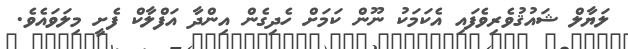
ލަޔާލް ޝައުޤުވެރިވެފައި އެކަމަކު ނޫން ކަމަށް ހެދިގެން އިންދާ އަފްލާކް ފެށީ މިލަވައެވެ.